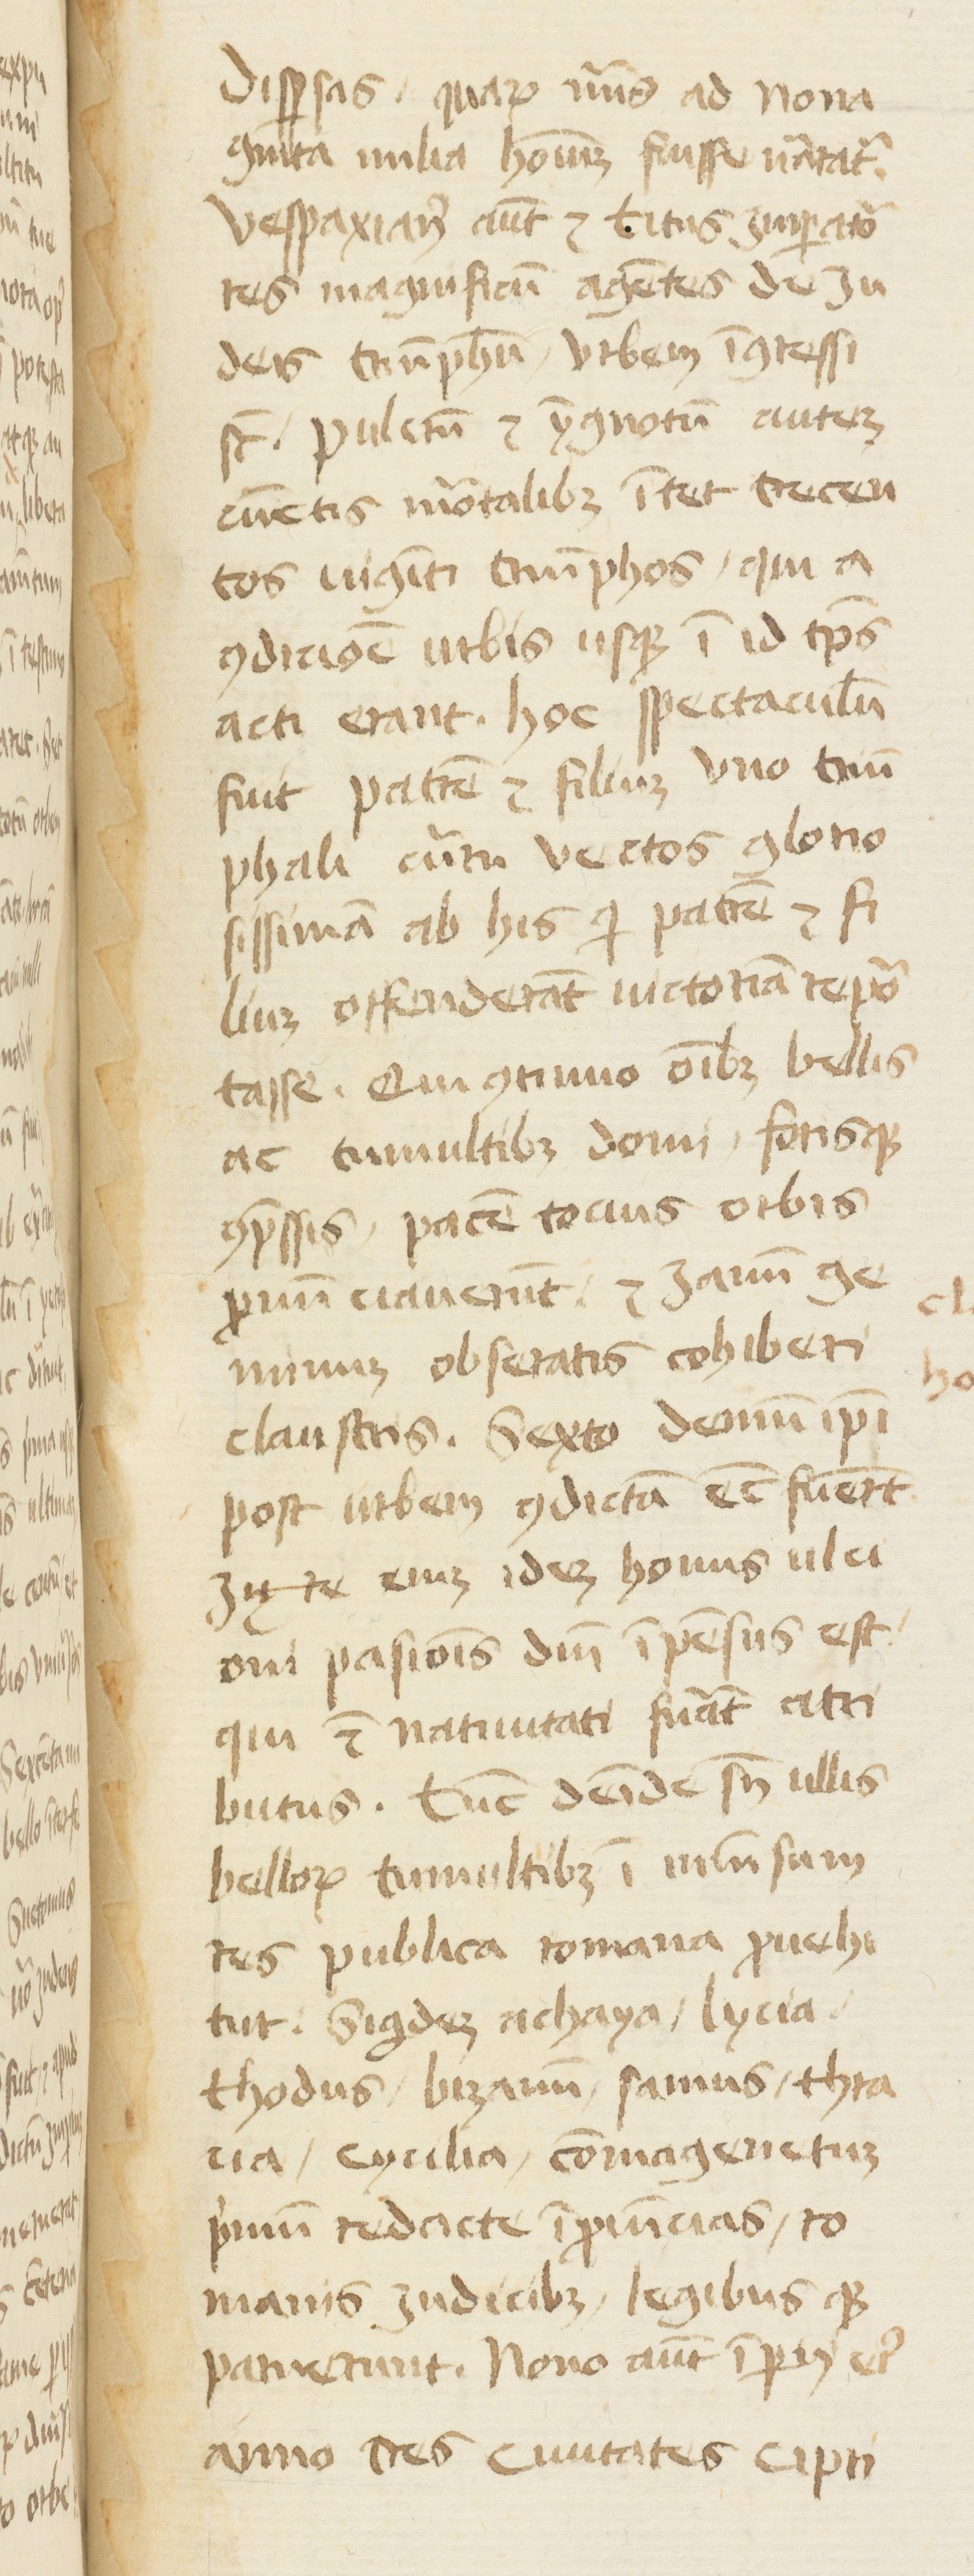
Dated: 1400–1415